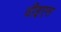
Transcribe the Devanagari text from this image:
वीइएस